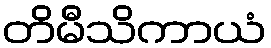
တိမီသိကာယံ